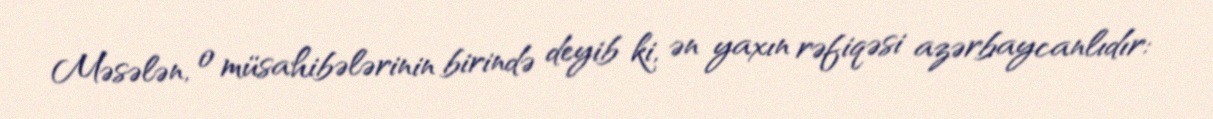
Məsələn, o müsahibələrinin birində deyib ki, ən yaxın rəfiqəsi azərbaycanlıdır: